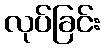
လုပ်ခြင်း